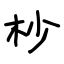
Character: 杪